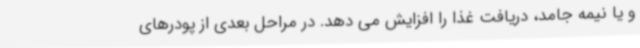
و یا نیمه جامد، دریافت غذا را افزایش می دهد. در مراحل بعدی از پودرهای